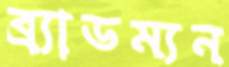
ব্র্যাডম্যন